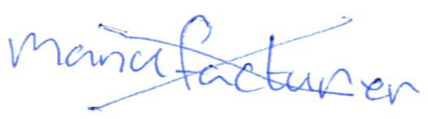
Text: manufacturer
Cross-out: cross
Writing tool: ballpoint